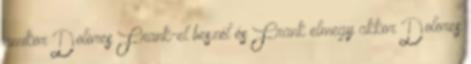
amikor Dolores Frank-el beszél és Frank elmegy akkor Dolores